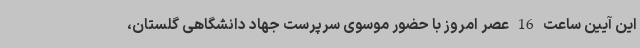
این آیین ساعت 16 عصر امروز با حضور موسوی سرپرست جهاد دانشگاهی گلستان،